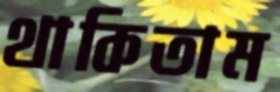
থাকিতাম